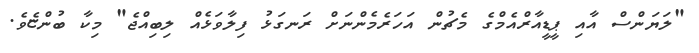
"ލަޔަންސް އާއި ޕީޑީއާރްއެމްގެ މެޗުން އަހަރެމެންނަށް ރަނގަޅު ފިލާވަޅެއް ލިބިއްޖެ" މިކާ ބުންޏެވެ.